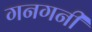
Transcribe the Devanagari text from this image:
गनगनी